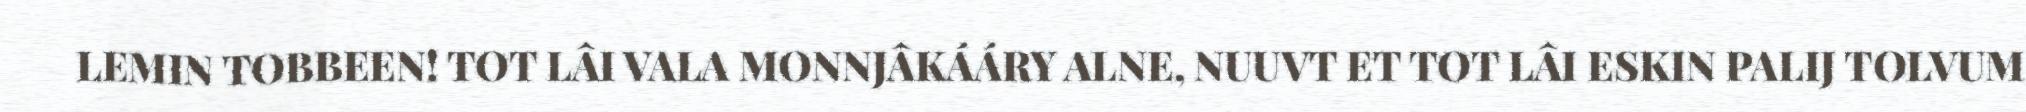
LEMIN TOBBEEN! TOT LÂI VALA MONNJÂKÁÁRY ALNE, NUUVT ET TOT LÂI ESKIN PALIJ TOLVUM